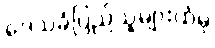
ဒေသခံပြည်သူများထံမှ